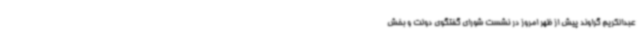
عبدالکریم گراوند پیش از ظهر امروز در نشست شورای گفتگوی دولت و بخش